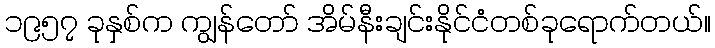
၁၉၅၇ ခုနှစ်က ကျွန်တော် အိမ်နီးချင်းနိုင်ငံတစ်ခုရောက်တယ်။